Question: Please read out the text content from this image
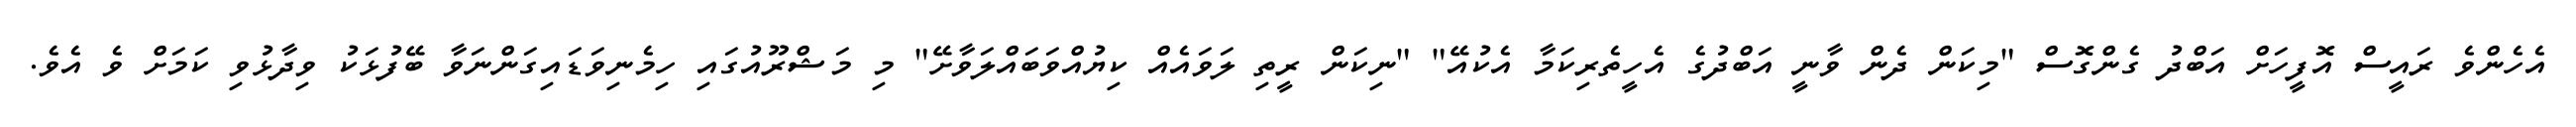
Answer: އެހެންވެ ރައީސް އޮފީހަށް އަބްދު ގެންގޮސް "މިކަން ދެން ވާނީ އަބްދުގެ އެހީތެރިކަމާ އެކުއޭ" "ނިކަން ރީތި ލަވައެއް ކިޔުއްވަބައްލަވާށޭ" މި މަޝްރޫއުގައި ހިމެނިވަޑައިގަންނަވާ ބޭފުޅަކު ވިދާޅުވި ކަމަށް ވެ އެވެ.